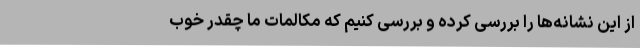
از این نشانه‌ها را بررسی کرده و بررسی کنیم که مکالمات ما چقدر خوب